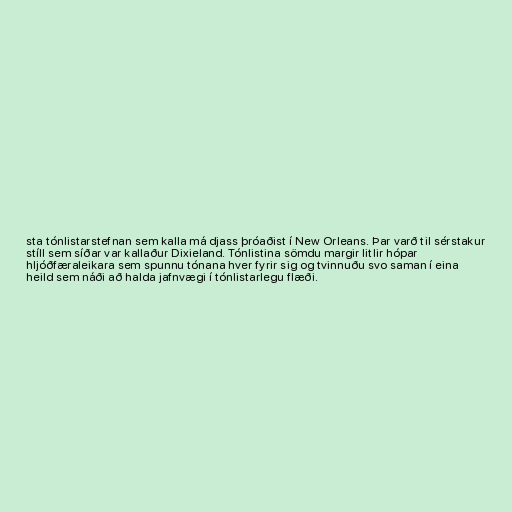
sta tónlistarstefnan sem kalla má djass þróaðist í New Orleans. Þar varð til sérstakur
stíll sem síðar var kallaður Dixieland. Tónlistina sömdu margir litlir hópar
hljóðfæraleikara sem spunnu tónana hver fyrir sig og tvinnuðu svo saman í eina
heild sem náði að halda jafnvægi í tónlistarlegu flæði.